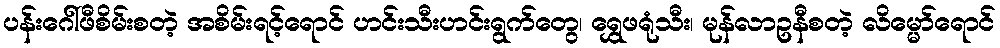
ပန်းဂေါ်ဖီစိမ်းစတဲ့ အစိမ်းရင့်ရောင် ဟင်းသီးဟင်းရွက်တွေ၊ ရွှေဖရုံသီး၊ မုန်လာဥနီစတဲ့ လိမ္မော်ရောင်